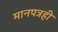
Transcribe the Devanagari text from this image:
मानपत्रही